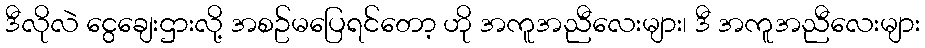
ဒီလိုလဲ ငွေချေးဌားလို့ အစဥ်မပြေရင်တော့ ဟို အကူအညီလေးများ၊ ဒီ အကူအညီလေးများ